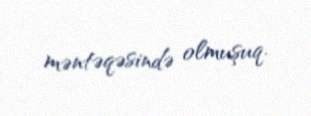
məntəqəsində olmuşuq.